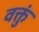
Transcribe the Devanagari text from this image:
वक्तुं